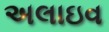
અલાઇવ